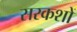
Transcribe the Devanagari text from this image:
सरकशों